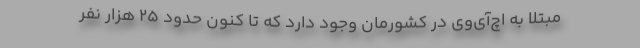
مبتلا به اچ‌آی‌وی در کشورمان وجود دارد که تا کنون حدود ۲۵ هزار نفر